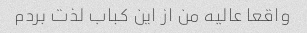
واقعا عالیه من از این کباب لذت بردم